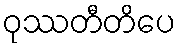
ဝုဿတီတိပေ